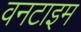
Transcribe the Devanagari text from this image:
वनटाइम